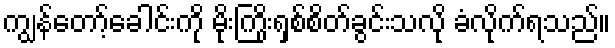
ကျွန်တော့်ခေါင်းကို မိုးကြိုးရှစ်စိတ်ခွင်းသလို ခံလိုက်ရသည်။